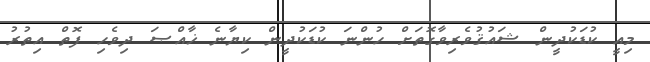
މިއީ ކުޑަކުދީން ޝައުޤުވެރިވާގޮތަށް ހުންނަ ކުޑަކުދީން ކިޔާނެ ޚާއްޞަ ދިވެހި ފޮތް އިތުރު